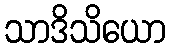
သာဒိသိယော